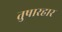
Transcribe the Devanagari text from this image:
तुषारहार